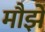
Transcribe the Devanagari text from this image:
मौझे